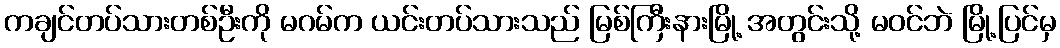
ကချင်တပ်သားတစ်ဦးကို မဂမ်က ယင်းတပ်သားသည် မြစ်ကြီးနားမြို့ အတွင်းသို့ မဝင်ဘဲ မြို့ပြင်မှ